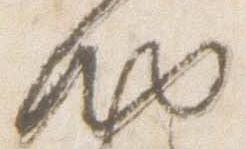
納